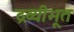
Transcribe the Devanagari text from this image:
द्रव्यीभूत